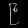
Digit: ၉